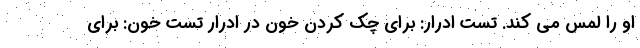
او را لمس می کند. تست ادرار: برای چک کردن خون در ادرار تست خون: برای